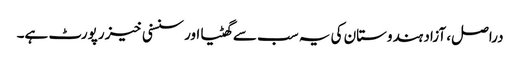
دراصل، آزاد ہندوستان کی یہ سب سے گھٹیا اور سنسنی خیز رپورٹ ہے۔